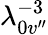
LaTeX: \lambda_{0v^{\prime\prime}}^{-3}